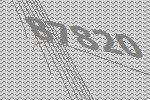
87820